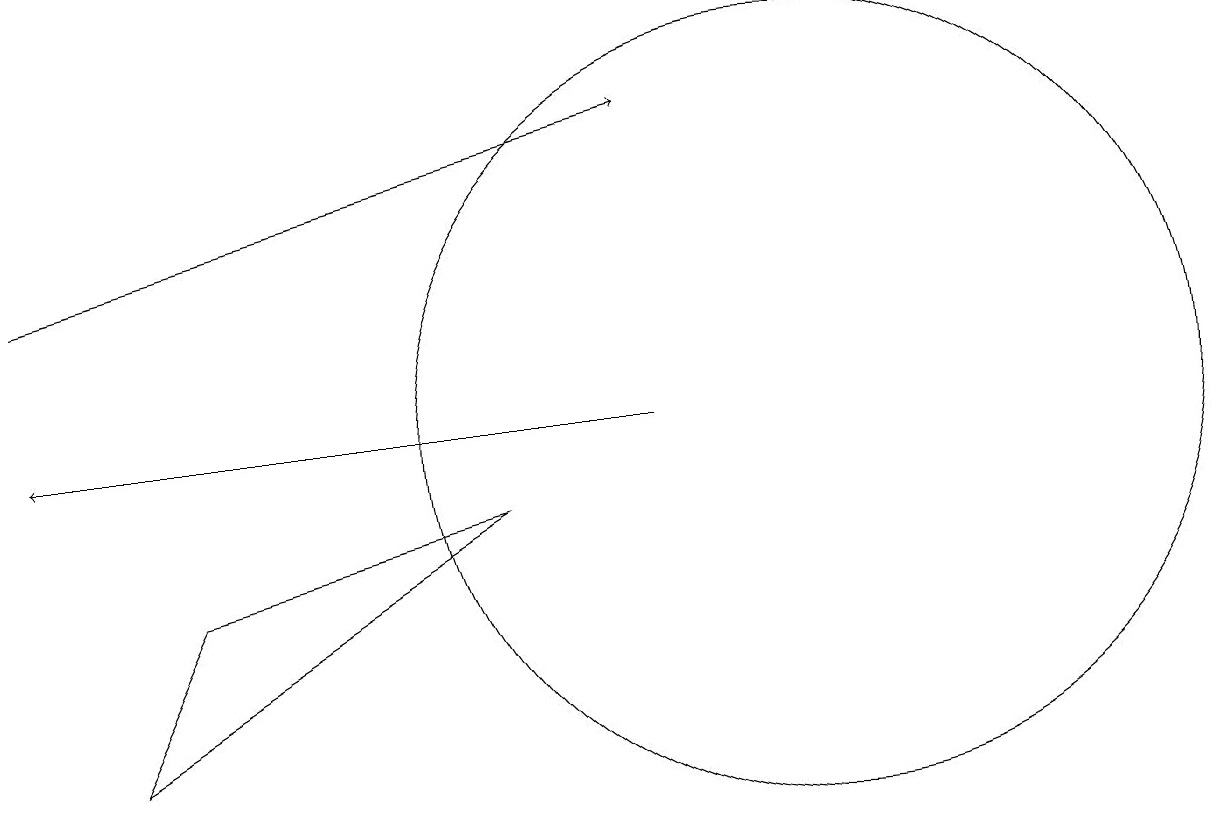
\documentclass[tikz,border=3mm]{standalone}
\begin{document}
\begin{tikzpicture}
\draw[->] (8,10) -- (0,10);
\draw (6,9) -- (2,8) -- (1,6) -- cycle;
\draw[->] (0,12) -- (8,14);
\draw (10,10) circle (5);
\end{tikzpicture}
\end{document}